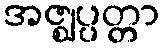
အဇ္ဈပ္ပတ္တာ